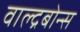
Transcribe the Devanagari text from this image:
वाल्द्रबोन्स